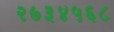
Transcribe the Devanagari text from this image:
२७३४५६८